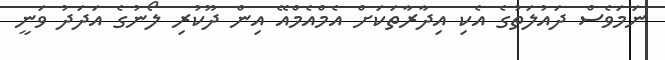
ނަމަވެސް ދައުލަތުގެ އެކި އިދާރާތަކަށް އެމްއެމްއޭ އިން ދޫކުރި ލޯނުގެ އަދަދު ވަނީ